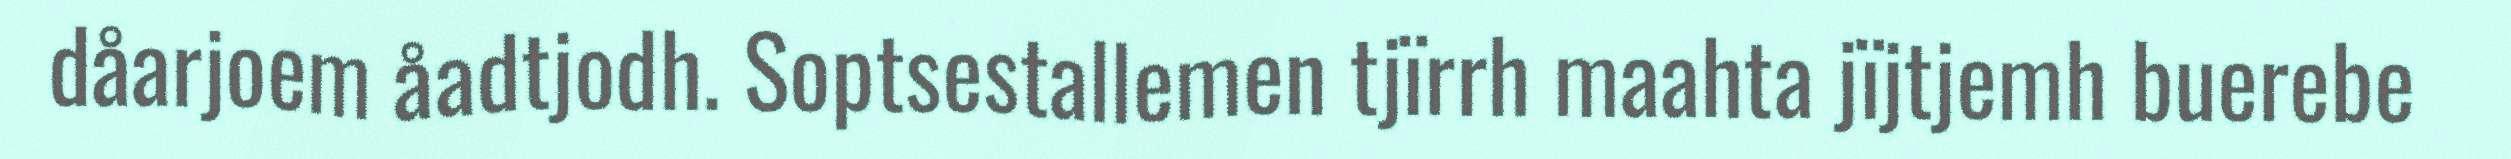
dåarjoem åadtjodh. Soptsestallemen tjïrrh maahta jïjtjemh buerebe